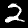
Digit: 2